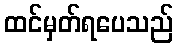
ထင်မှတ်ရပေသည်